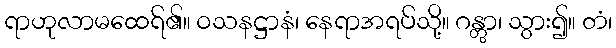
ရာဟုလာမထေရ်၏။ ဝသနဋ္ဌာနံ၊ နေရာအရပ်သို့။ ဂန္တွာ၊ သွား၍။ တံ၊